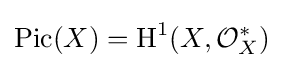
\operatorname {Pic} (X)=\operatorname {H} ^{1}(X,{\mathcal {O}}_{X}^{*})